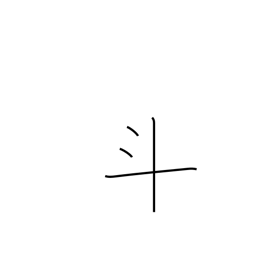
Meaning: dots and cross radical (no. 68)